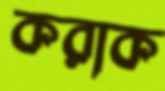
করাক